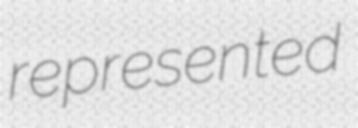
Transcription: represented